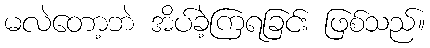
မလဲတော့ဘဲ အိပ်ခဲ့ကြရခြင်း ဖြစ်သည်။